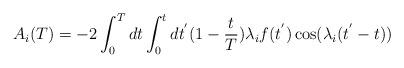
LaTeX: \begin{align*}A_i(T)=-2\int_0^Tdt\int_0^tdt^{'}(1-\frac{t}{T})\lambda_if(t^{'})\cos(\lambda_i(t^{'}-t))\end{align*}